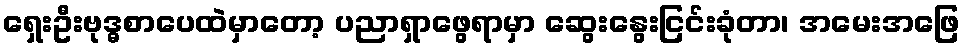
ရှေးဦးဗုဒ္ဓစာပေထဲမှာတော့ ပညာရှာဖွေရာမှာ ဆွေးနွေးငြင်းခုံတာ၊ အမေးအဖြေ